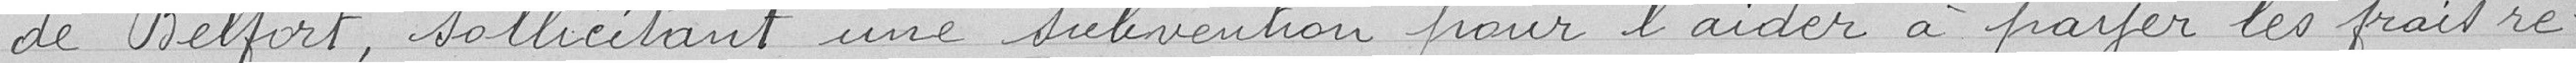
de Belfort, sollicitant une subvention pour l'aider à payer les faits re